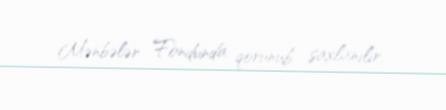
Mənbələr Fondunda qorunub saxlanılır.